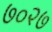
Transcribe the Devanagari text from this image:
७०२७